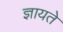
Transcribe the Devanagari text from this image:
ज्ञायते